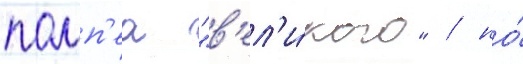
помп'еа "в'ел'и́кого" / но́